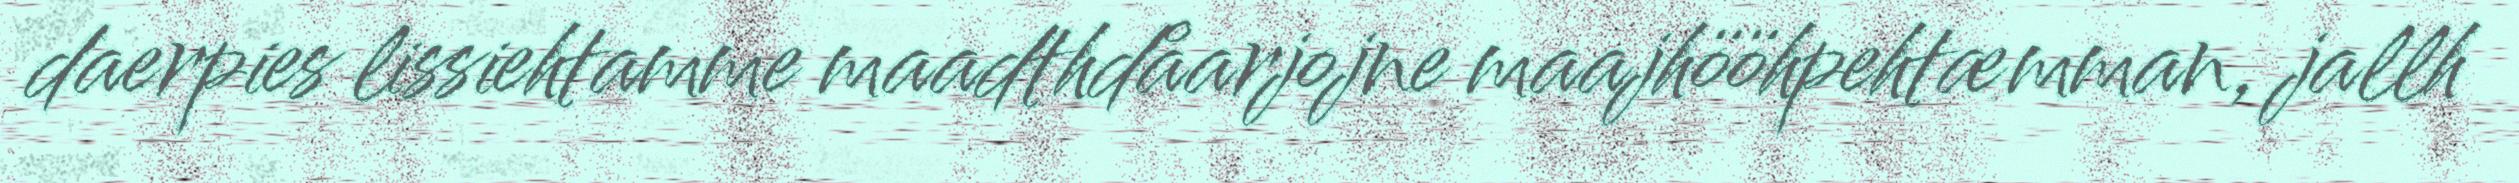
daerpies lissiehtamme maadthdåarjojne maajhööhpehtæmman, jallh